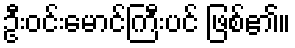
ဦးဝင်းမောင်ကြီးပင် ဖြစ်၏။